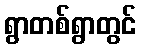
ရွာတစ်ရွာတွင်